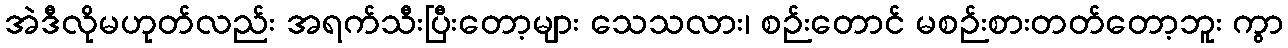
အဲဒီလိုမဟုတ်လည်း အရက်သီးပြီးတော့များ သေသလား၊ စဉ်းတောင် မစဉ်းစားတတ်တော့ဘူး ကွာ